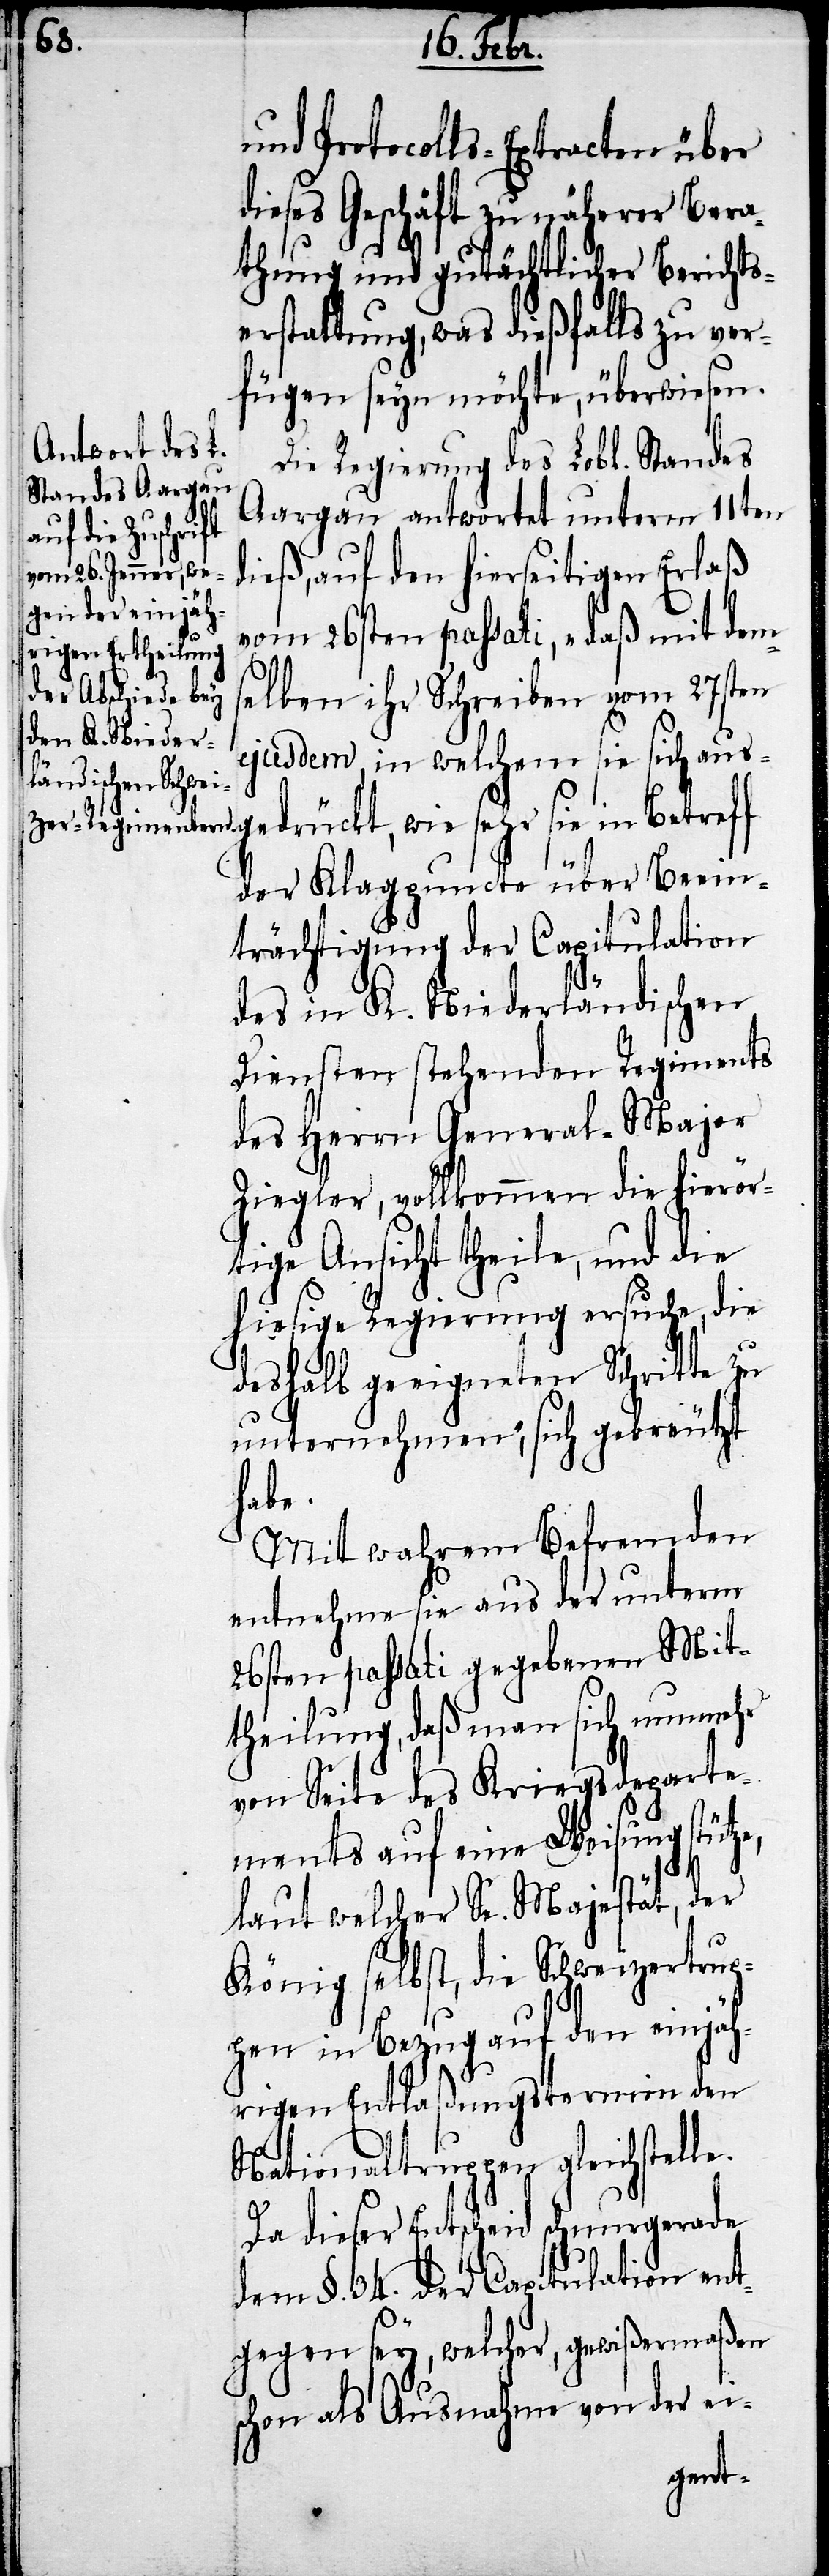
und Protocolls-Extracten über
dieses Geschäft zu näherer Bera¬
thung und gutächtlicher Berichts¬
erstattung, was dießfalls zu ver¬
fügen seyn möchte, überwiesen.
Die Regierung des Lobl. Standes
Aargau antwortet unterm 11ten
dieß, auf den hierseitigen Erlaß
vom 26sten passati, „daß mit dems¬
elben ihr Schreiben vom 27sten
ejusdem, in welchem sie sich aus¬
gedrückt, wie sehr sie in Betreff
der Klagpuncte über Beein¬
trächtigung der Capitulation
des in K. Niederländischen
Diensten stehenden Regiments
des Herrn General-Major
Ziegler, vollkommen die hierör¬
tige Ansicht theile, und die
hiesige Regierung ersuche, die
deshalb geeigneten Schritte zu
unternehmen, sich gekreutzt
habe.
Mit wahrem Befremden
entnehme sie aus der unterm
26sten passati gegebenen Mit¬
theilung, daß man sich nunmehr
von Seite des Kriegsdeparte¬
ments auf eine Weisung stütze,
le.
laut welcher Se. Majestät, der
König selbst, die Schweizertrup¬
pen in Bezug auf den einjäh¬
rigen Entlaßungstermin den
Nationaltruppen gleichstel¬
Da dieser Entscheid schnurgerade
dem §. 34. der Capitulation ent¬
gegen sey, welcher, gewißermaßen
schon als Ausnahme von der ei-